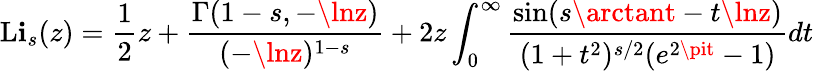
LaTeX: \operatorname{L\mathbf{i}}_{s}(z)={\frac{{1}}{{2}}}z+{\frac{{\Gamma(1-s,-\lnz)}}{{(-\lnz)^{1-s}}}}+2z\int_{0}^{\infty}{\frac{{\sin(s\arctant-t\lnz)}}{{(1+t^{2})^{s/2}(e^{2\pit}-1)}}}dt